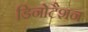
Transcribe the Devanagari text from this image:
डिनोटैशन